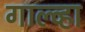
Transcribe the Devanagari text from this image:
गाल्व्हा